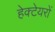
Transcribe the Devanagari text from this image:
हेक्टेयरों